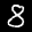
Label: 8